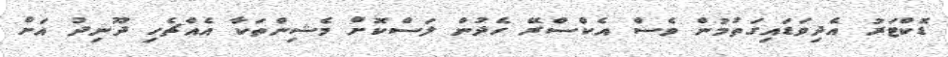
ޑޮކްޓަރު އެދިވަޑައިގަތުމުން ވެސް އެކްސްރޭ ހެދުން ލަސްކޮށް މެޝިންތަކާ އެއްޗެހި ދޫނިދު އަށް